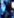
لا